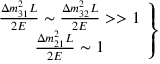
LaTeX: \left. \begin{array} { c } { { \frac { \Delta m _ { 3 1 } ^ { 2 } L } { 2 E } \sim \frac { \Delta m _ { 3 2 } ^ { 2 } L } { 2 E } > > 1 } } \\ { { \frac { \Delta m _ { 2 1 } ^ { 2 } L } { 2 E } \sim 1 } } \end{array} \right\}